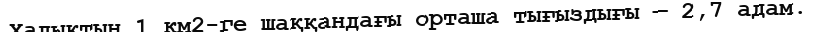
Халықтың 1 км2-ге шаққандағы орташа тығыздығы — 2,7 адам.